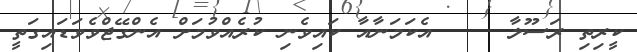
ކީރިތި ރަސޫލާ     އެކަމަނާއާ ކައިވެނި ކުރެއްވުމަށް އެންގޭޖްވެވަޑައިގަތީ